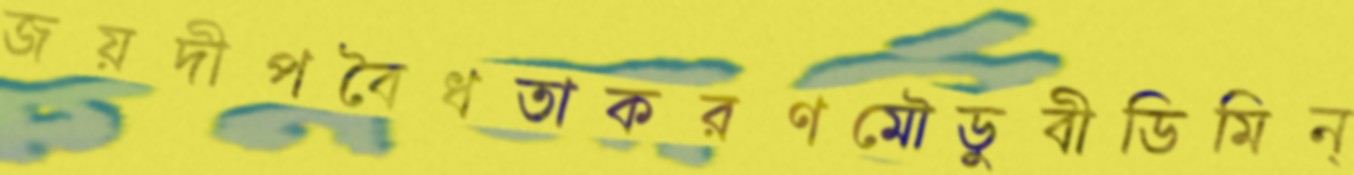
জয়দীপবৈধতাকরণমৌডুবীডিমিন্